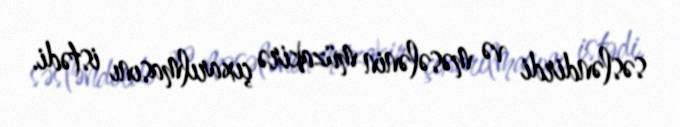
səsləndirdi və məsələnin müzakirə çıxarılmasını istədi.